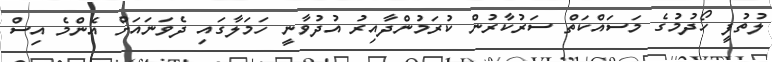
ލުތުފީ ހޯދުމުގެ މަސައްކަތް ސަރުކާރުން ކުރަމުންދާއިރު އުދުވާނީ ހަމަލާގައި ދެވަނައަށް އެންމެ އިސް